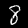
Digit: 8